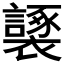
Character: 𧞮